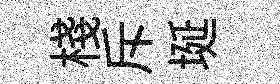
棧斥埏